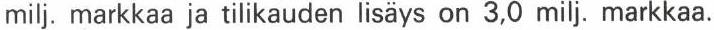
milj. markkaa ja tilikauden lisäys on 3,0 milj. markkaa.